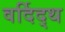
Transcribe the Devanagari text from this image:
वर्दिद्थ